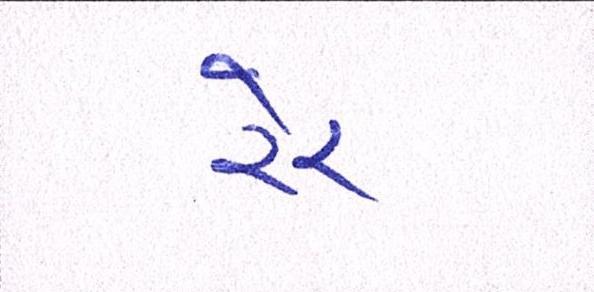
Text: રેર